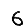
Digit: 6